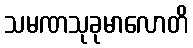
သမဏသုခုမာလောတိ